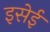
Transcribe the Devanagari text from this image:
इसेई